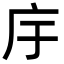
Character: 㡰